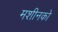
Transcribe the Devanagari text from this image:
मशीनको